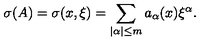
\sigma ( A ) = \sigma ( x , \xi ) = \sum _ { | \alpha | \leq m } a _ { \alpha } ( x ) { \xi } ^ { \alpha } .